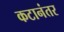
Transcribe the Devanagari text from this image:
कटानंतर